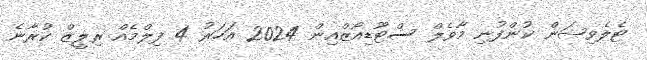
ޓެލެވިޝަން ކުންފުނި މާވެލް ސްޓޫޑިއޯޒްއިން 2024 އަހަރު 4 ފިލްމެއް ރިލީޒް ކުރާނެ